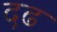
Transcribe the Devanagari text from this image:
दढ